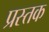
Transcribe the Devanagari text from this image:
प्रस्तक